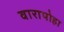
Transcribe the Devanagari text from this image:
वारापोहा